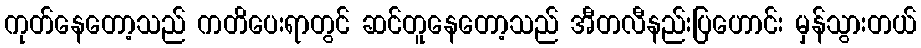
ကုတ်နေတော့သည် ကတိပေးရာတွင် ဆင်တူနေတော့သည် အီတလီနည်းပြဟောင်း မှန်သွားတယ်